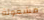
مشغولة